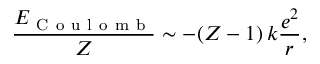
\frac { E _ { \mathrm { ~ C ~ o ~ u ~ l ~ o ~ m ~ b ~ } } } { Z } \sim - ( Z - 1 ) \, k \frac { e ^ { 2 } } { r } ,